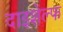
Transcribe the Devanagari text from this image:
दाइशेल्फ